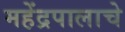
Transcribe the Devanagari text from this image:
महेंद्रपालाचे